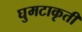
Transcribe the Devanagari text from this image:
घुमटाकृती